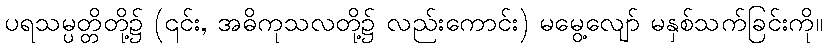
ပရသမ္ပတ္တိတို့၌ (၎င်း, အဓိကုသလတို့၌ လည်းကောင်း) မမွေ့လျော် မနှစ်သက်ခြင်းကို။